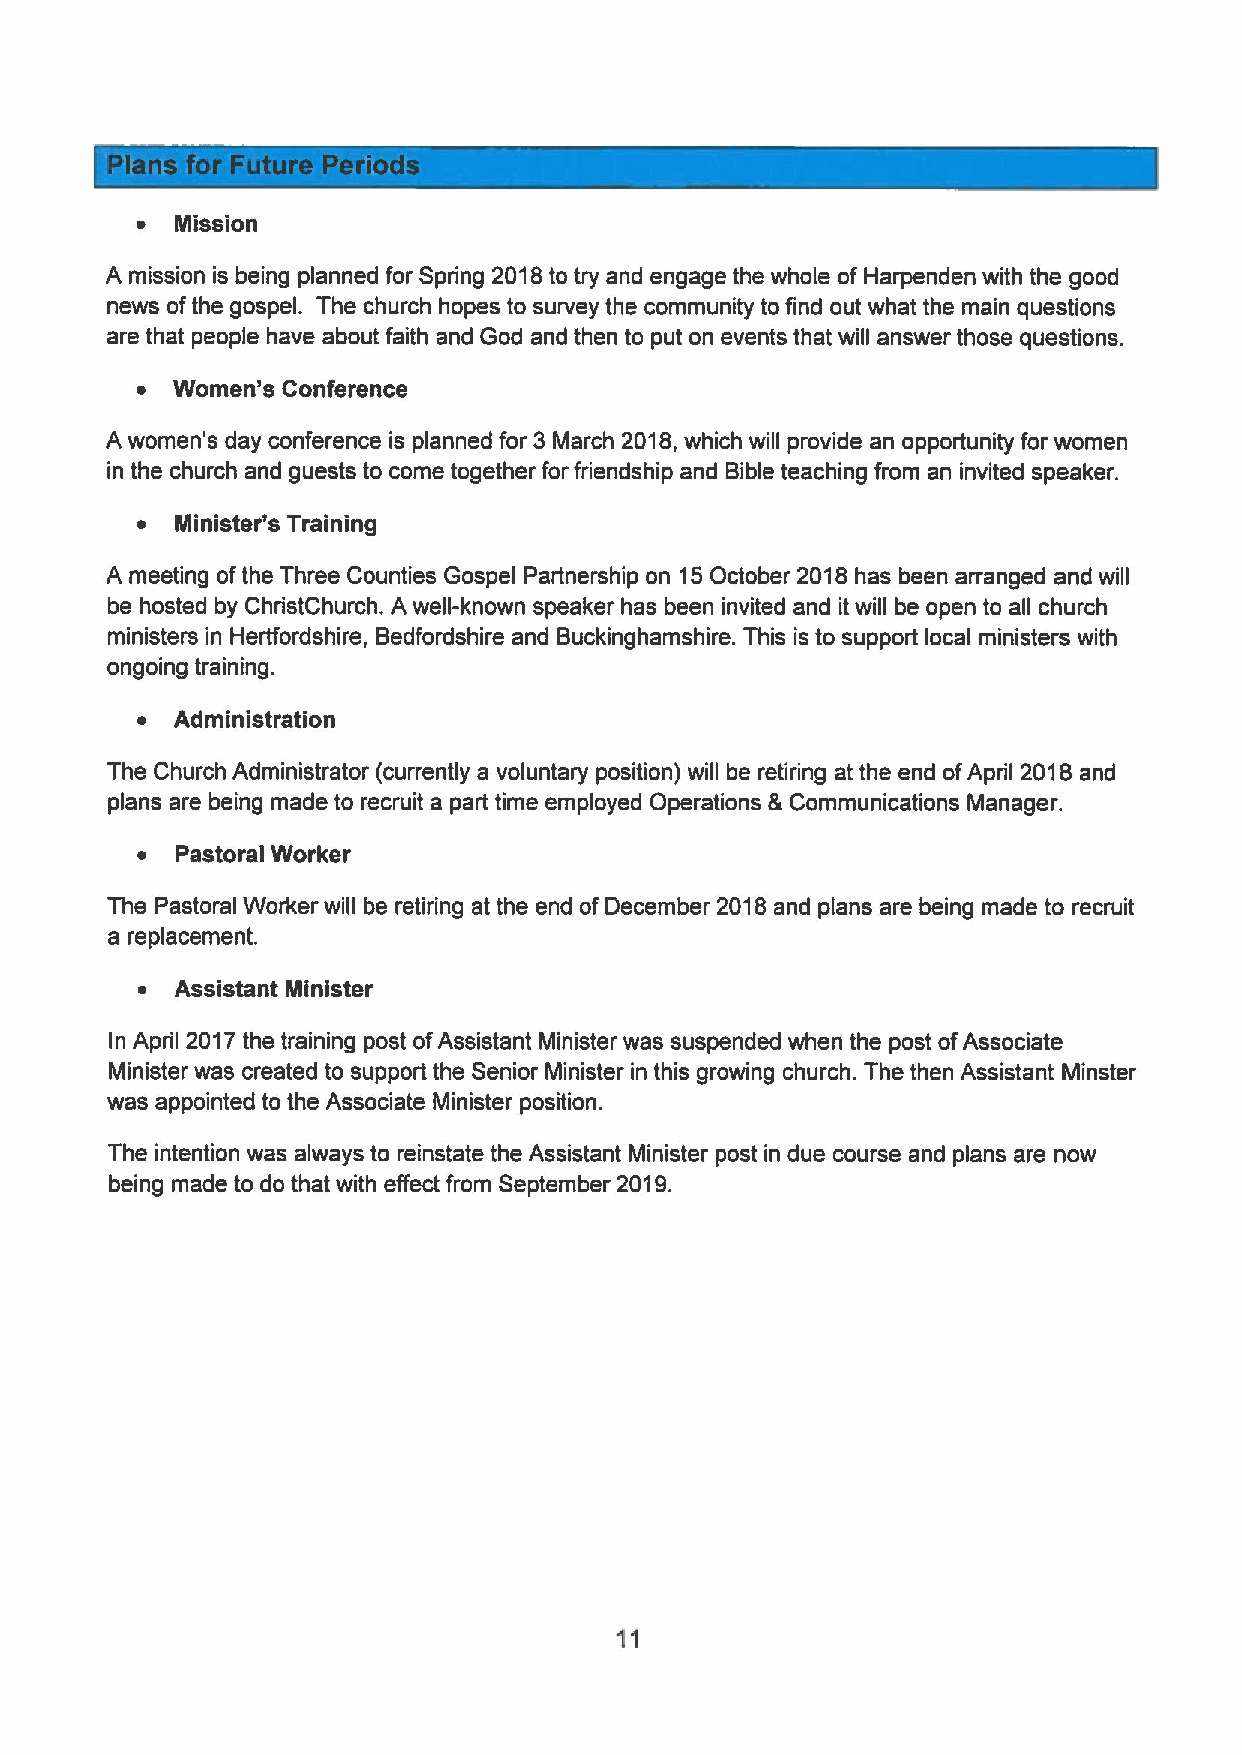
~  Mission
 A mission is being planned for Spring 2018to try and engage the whole of Harpenden with the good
 news ofthe gospel. The church hopes to survey the community to find out what the main questions
 are that people have about faith and God and then to put on events that will answer those questions.
 ~ Women's Conference
 A women's day conference is planned for 3 March 2018,which will provide an opportunity for women
 in the church and guests to come together for friendship and Bible teaching from an invited speaker.
 ~  Minister's Training
 A meeting ofthe Three Counties Gospel Partnership on 15October 2018has been arranged and will
 be hosted by ChristChurch. A well-known speaker has been invited and it will be open to all church
 ministers in Hertfordshire, Bedfordshire and Buckinghamshire. This is to support local ministers with
 ongoing training.
 ~  Administration
 The Church Administrator (currently a voluntary position) will be retiring at the end ofApril 2018and
 plans are being made to recruit a part time employed Operations &Communications Manager.
 ~  Pastoral Worker
 The Pastoral Worker will be retiring at the end of December 2018and plans are being made to recruit
 a replacement.
 ~  Assistant Minister
 In April 2017the training post ofAssistant Minister was suspended when the post ofAssociate
 Minister was created to support the Senior Minister in this growing church. The then Assistant Minster
 was appointed to the Associate Minister position.
 The intention was always to reinstate the Assistant Minister post in due course and plans are now
 being made to do that with effect from September 2019.
 11